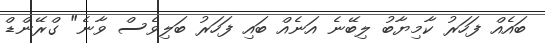
ބައެއް ފަހަރު ކާމިޔާބު ލިބޭނެ އަނެއް ބައި ފަހަރު ބަލިވެސް ވާނެ" ގްރޭންޑް